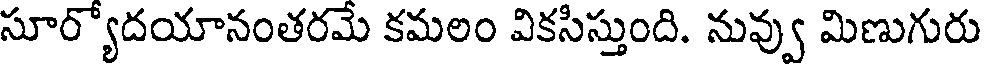
సూర్యోదయానంతరమే కమలం వికసిస్తుంది. నువ్వు మిణుగురు